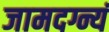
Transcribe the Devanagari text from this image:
जामदग्न्यं